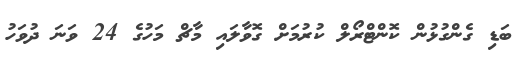
ބަޑި ގެންގުޅުން ކޮންޓްރޯލް ކުރުމަށް ގޮވާލައި މާޗް މަހުގެ 24 ވަނަ ދުވަހު